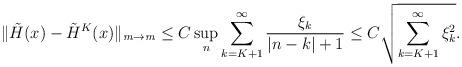
LaTeX: \begin{gather*}\|\tilde H(x) - \tilde H^K(x)\|_{\it m \to \it m} \le C \sup_n \sum_{k=K+1}^\infty \frac{\xi_k}{|n - k| + 1} \le C \sqrt{\sum_{k=K+1}^\infty {\xi^2_k}}.\end{gather*}